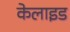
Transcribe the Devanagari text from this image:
केलाइड